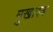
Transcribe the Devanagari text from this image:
मुखास्त्र